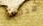
هددني